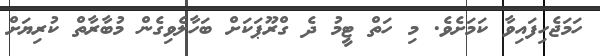
ހަމަޖެހިފައިވާ ކަމަށެވެ. މި ހަތް ޓީމު ދެ ގްރޫޕަކަށް ބަހާލެވިގެން މުބާރާތް ކުރިޔަށް